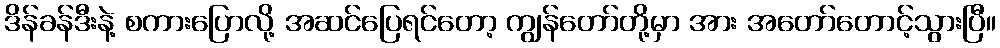
ဒိန်ခန်ဒီးနဲ့ စကားပြောလို့ အဆင်ပြေရင်တော့ ကျွန်တော်တို့မှာ အား အတော်တောင့်သွားပြီ။